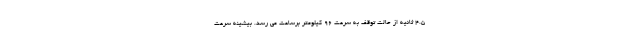
4.5 ثانیه از حالت توقف به سرعت 96 کیلومتر برساعت می رسد. بیشینه سرعت